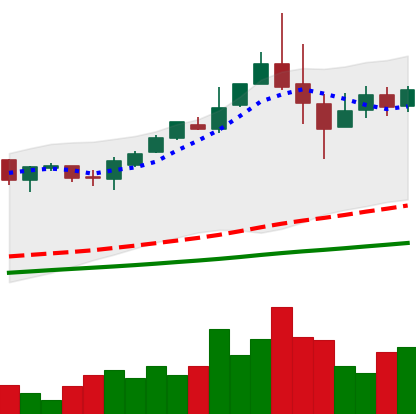
Ticker: BTC-USD
Chart end date: 2017-05-31
Forward return: 17.512%
Label: up_7plus